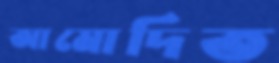
আমোদিত